Annual report of the Punjab Veterinary College and of the Civil Veterinary Department, Punjab - 1920-1925
Year: 1920
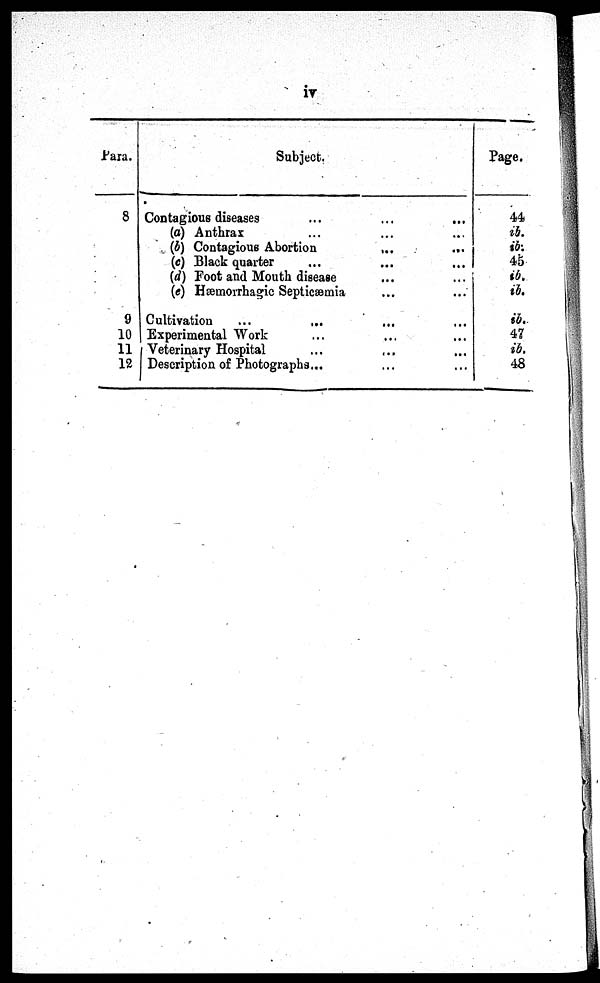
iv
Para.
8
9
10
11
12
Subject.
Contagious diseases ... ... ...
(a) Anthrax ... ... ...
(b) Contagious Abortion
...
...
(c) Black quarter ... ...
(d) Foot and Mouth disease ... ...
(e) Hæmorrhagic Septicæmia ... ...
Cultivation ... ... ... ...
Experimental Work ... ... ...
Veterinary Hospital ... ... ...
Description of Photographs ... ... ...
Page.
44
ib.
ib.
45
ib.
ib.
ib.
47
ib.
48